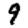
Digit: 9